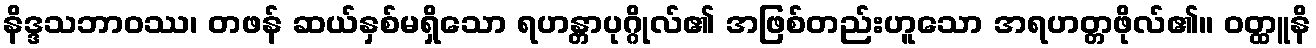
နိဒ္ဒသဘာဝဿ၊ တဖန် ဆယ်နှစ်မရှိသော ရဟန္တာပုဂ္ဂိုလ်၏ အဖြစ်တည်းဟူသော အရဟတ္တဖိုလ်၏။ ဝတ္ထူနိ